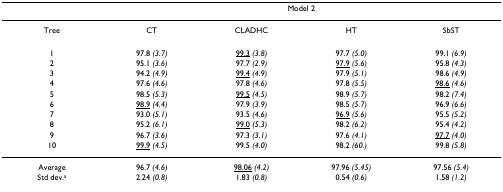
<table><thead><tr><td></td><td></td><td colspan="2"><b>Model 2</b></td><td></td></tr></thead><tbody><tr><td>Tree</td><td>CT</td><td>CLADHC</td><td>HT</td><td>SbST</td></tr><tr><td>1</td><td>97.8 <i>(3.7)</i></td><td><underline>99.3</underline><i> (3.8)</i></td><td>97.7 <i>(5.0)</i></td><td>99.1 <i>(6.9)</i></td></tr><tr><td>2</td><td>95.1 <i>(3.6)</i></td><td>97.7 <i>(2.9)</i></td><td><underline>97.9</underline><i> (5.6)</i></td><td>95.8 <i>(4.3)</i></td></tr><tr><td>3</td><td>94.2 <i>(4.9)</i></td><td><underline>99.4</underline><i> (4.9)</i></td><td>97.9 <i>(5.1)</i></td><td>98.6 <i>(4.9)</i></td></tr><tr><td>4</td><td>97.6 <i>(4.6)</i></td><td>97.8 <i>(4.6)</i></td><td>97.8 <i>(5.5)</i></td><td><underline>98.6</underline><i> (4.6)</i></td></tr><tr><td>5</td><td>98.5 <i>(5.3)</i></td><td><underline>99.5</underline><i> (4.5)</i></td><td>98.9 <i>(5.7)</i></td><td>98.2 <i>(7.4)</i></td></tr><tr><td>6</td><td><underline>98.9</underline><i> (4.4)</i></td><td>97.9 <i>(3.9)</i></td><td>98.5 <i>(5.7)</i></td><td>96.9 <i>(6.6)</i></td></tr><tr><td>7</td><td>93.0 <i>(5.1)</i></td><td>93.5 <i>(4.6)</i></td><td><underline>96.9</underline><i> (5.6)</i></td><td>95.5 <i>(5.2)</i></td></tr><tr><td>8</td><td>95.2 <i>(6.1)</i></td><td><underline>99.0</underline><i> (5.3)</i></td><td>98.2 <i>(6.2)</i></td><td>95.4 <i>(4.2)</i></td></tr><tr><td>9</td><td>96.7 <i>(3.6)</i></td><td>97.3 <i>(3.1)</i></td><td>97.6 <i>(4.1)</i></td><td><underline>97.7</underline><i> (4.0)</i></td></tr><tr><td>10</td><td><underline>99.9</underline><i> (4.5)</i></td><td>99.5 <i>(4.0)</i></td><td>98.2 <i>(60.)</i></td><td>99.8 <i>(5.8)</i></td></tr><tr><td>Average</td><td>96.7 <i>(4.6)</i></td><td><underline>98.06</underline><i> (4.2)</i></td><td>97.96 <i>(5.45)</i></td><td>97.56 <i>(5.4)</i></td></tr><tr><td>Std dev.<sup>a</sup></td><td>2.24 <i>(0.8)</i></td><td>1.83 <i>(0.8)</i></td><td>0.54 <i>(0.6)</i></td><td>1.58 <i>(1.2)</i></td></tr></tbody></table>